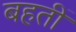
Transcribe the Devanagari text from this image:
बहतीं